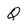
Character: Q